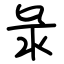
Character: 彔